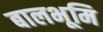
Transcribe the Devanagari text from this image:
बालभूमि